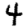
Digit: 4